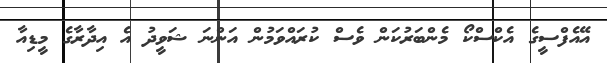
އޭއެފްސީގެ އެކްސްކޯ މެންބަރުކަން ވެސް ކުރައްވަމުން އަންނަ ޝަވީދު އެ އިދާރާގެ މީޑިއާ